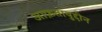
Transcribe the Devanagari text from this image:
आफ़ताबुद्दीन